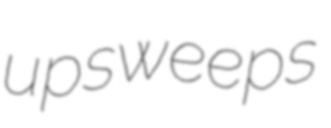
upsweeps